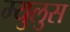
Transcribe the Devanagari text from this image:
म्युलुस